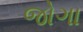
જોગા